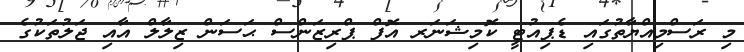
މި ރަސްމިއްޔާތުގައި ޑެޕިއުޓީ ކޮމިޝަނަރ އޮފް ޕްރިޒަންސް ޙަސަން ޒިލާލް އާއި ޖަލުތަކުގެ